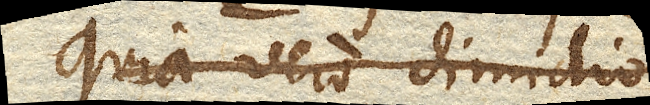
Quia vero dimidio